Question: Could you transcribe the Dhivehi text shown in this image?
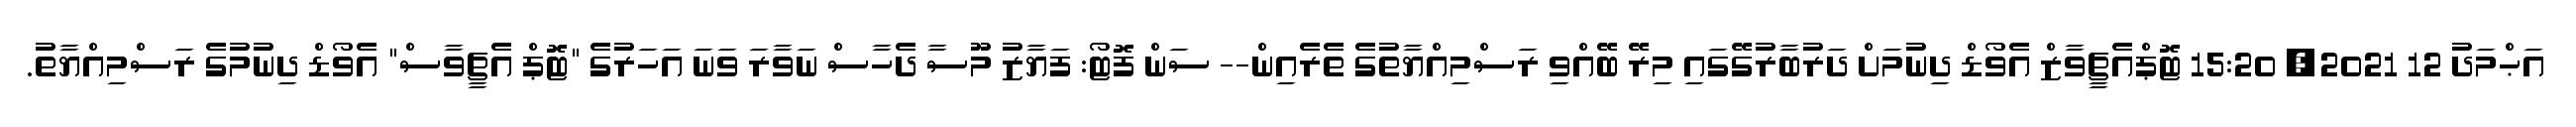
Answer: އަޙްމަދު 12 2021, 15:20 ޓޮޕްއެޗީވާޒް އެވޯޑް ދިނުމަށް ދަރުބާރުގޭގައި މިރޭ ބޭއްވި ރަސްމިއްޔާތުގެ ތެރެއިން-- ސަން ފޮޓޯ: ފަޔާޒު މޫސާ ދެހާސް ނަވާރަ ވަނަ އަހަރުގެ "ޓޮޕް އެޗީވާސް" އެވޯޑް ދިނުމުގެ ރަސްމިއްޔާތު.